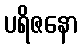
ပရိဇနော